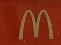
m